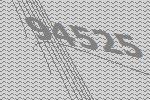
94525